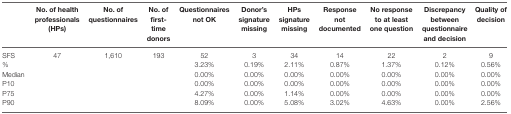
|  | No. of health professionals (HPs) | No. of questionnaires | No. of first-time donors | Questionnaires not OK | Donor’s signature missing | HPs signature missing | Response not documented | No response to at least one question | Discrepancy between questionnaire and decision | Quality of decision |
 | --- | --- | --- | --- | --- | --- | --- | --- | --- | --- | --- |
 | SFS | 47 | 1,610 | 193 | 52 | 3 | 34 | 14 | 22 | 2 | 9 |
 | % |  |  |  | 3.23% | 0.19% | 2.11% | 0.87% | 1.37% | 0.12% | 0.56% |
 | Median |  |  |  | 0.00% | 0.00% | 0.00% | 0.00% | 0.00% | 0.00% | 0.00% |
 | P10 |  |  |  | 0.00% | 0.00% | 0.00% | 0.00% | 0.00% | 0.00% | 0.00% |
 | P75 |  |  |  | 4.27% | 0.00% | 1.14% | 0.00% | 0.00% | 0.00% | 0.00% |
 | P90 |  |  |  | 8.09% | 0.00% | 5.08% | 3.02% | 4.63% | 0.00% | 2.56% |